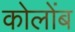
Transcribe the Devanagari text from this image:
कोलोंब